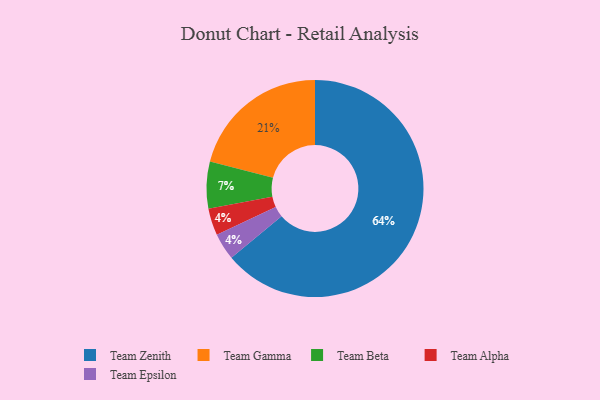
{"axis": {"x": "Category", "y": "Percentage"}, "legend": ["Team Alpha", "Team Beta", "Team Epsilon", "Team Gamma", "Team Zenith"], "data": [{"x": "Team Alpha", "y": 4, "type": "Team Alpha"}, {"x": "Team Epsilon", "y": 4, "type": "Team Epsilon"}, {"x": "Team Beta", "y": 7, "type": "Team Beta"}, {"x": "Team Zenith", "y": 64, "type": "Team Zenith"}, {"x": "Team Gamma", "y": 21, "type": "Team Gamma"}]}